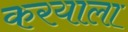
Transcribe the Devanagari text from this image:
करयाला